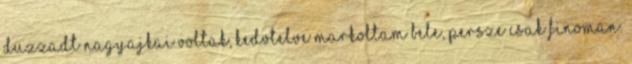
duzzadt nagyajkai voltak, kedvtelve markoltam bele, persze csak finoman.